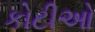
કોટીઓ